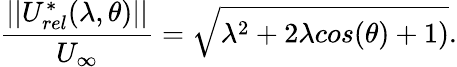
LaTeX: \frac{||U_{rel}^{*}(\lambda,\theta)||}{U_{\infty}}=\sqrt{\lambda^{2}+2\lambda cos(\theta)+1)}.